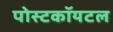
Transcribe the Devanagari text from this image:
पोस्टकॉयटल